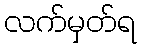
လက်မှတ်ရ